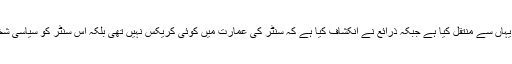
اب میڈیکل سپرنٹنڈنٹ ڈاکٹر دوست خان نے مذکورہ سنٹر کی عمارت کریک قرار دے کر یہاں سے منتقل کیا ہے جبکہ ذرائع نے انکشاف کیا ہے کہ سنٹر کی عمارت میں کوئی کریکس نہیں تھی بلکہ اس سنٹر کو سیاسی شخصیات کی آشیر باد حاصل ہونے پر بورڈ آف گورنر کی ملی بھگت سے منتقل کیا گیا ہے۔